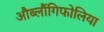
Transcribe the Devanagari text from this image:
औब्लौंगिफोलिया